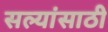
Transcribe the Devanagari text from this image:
सल्यांसाठी